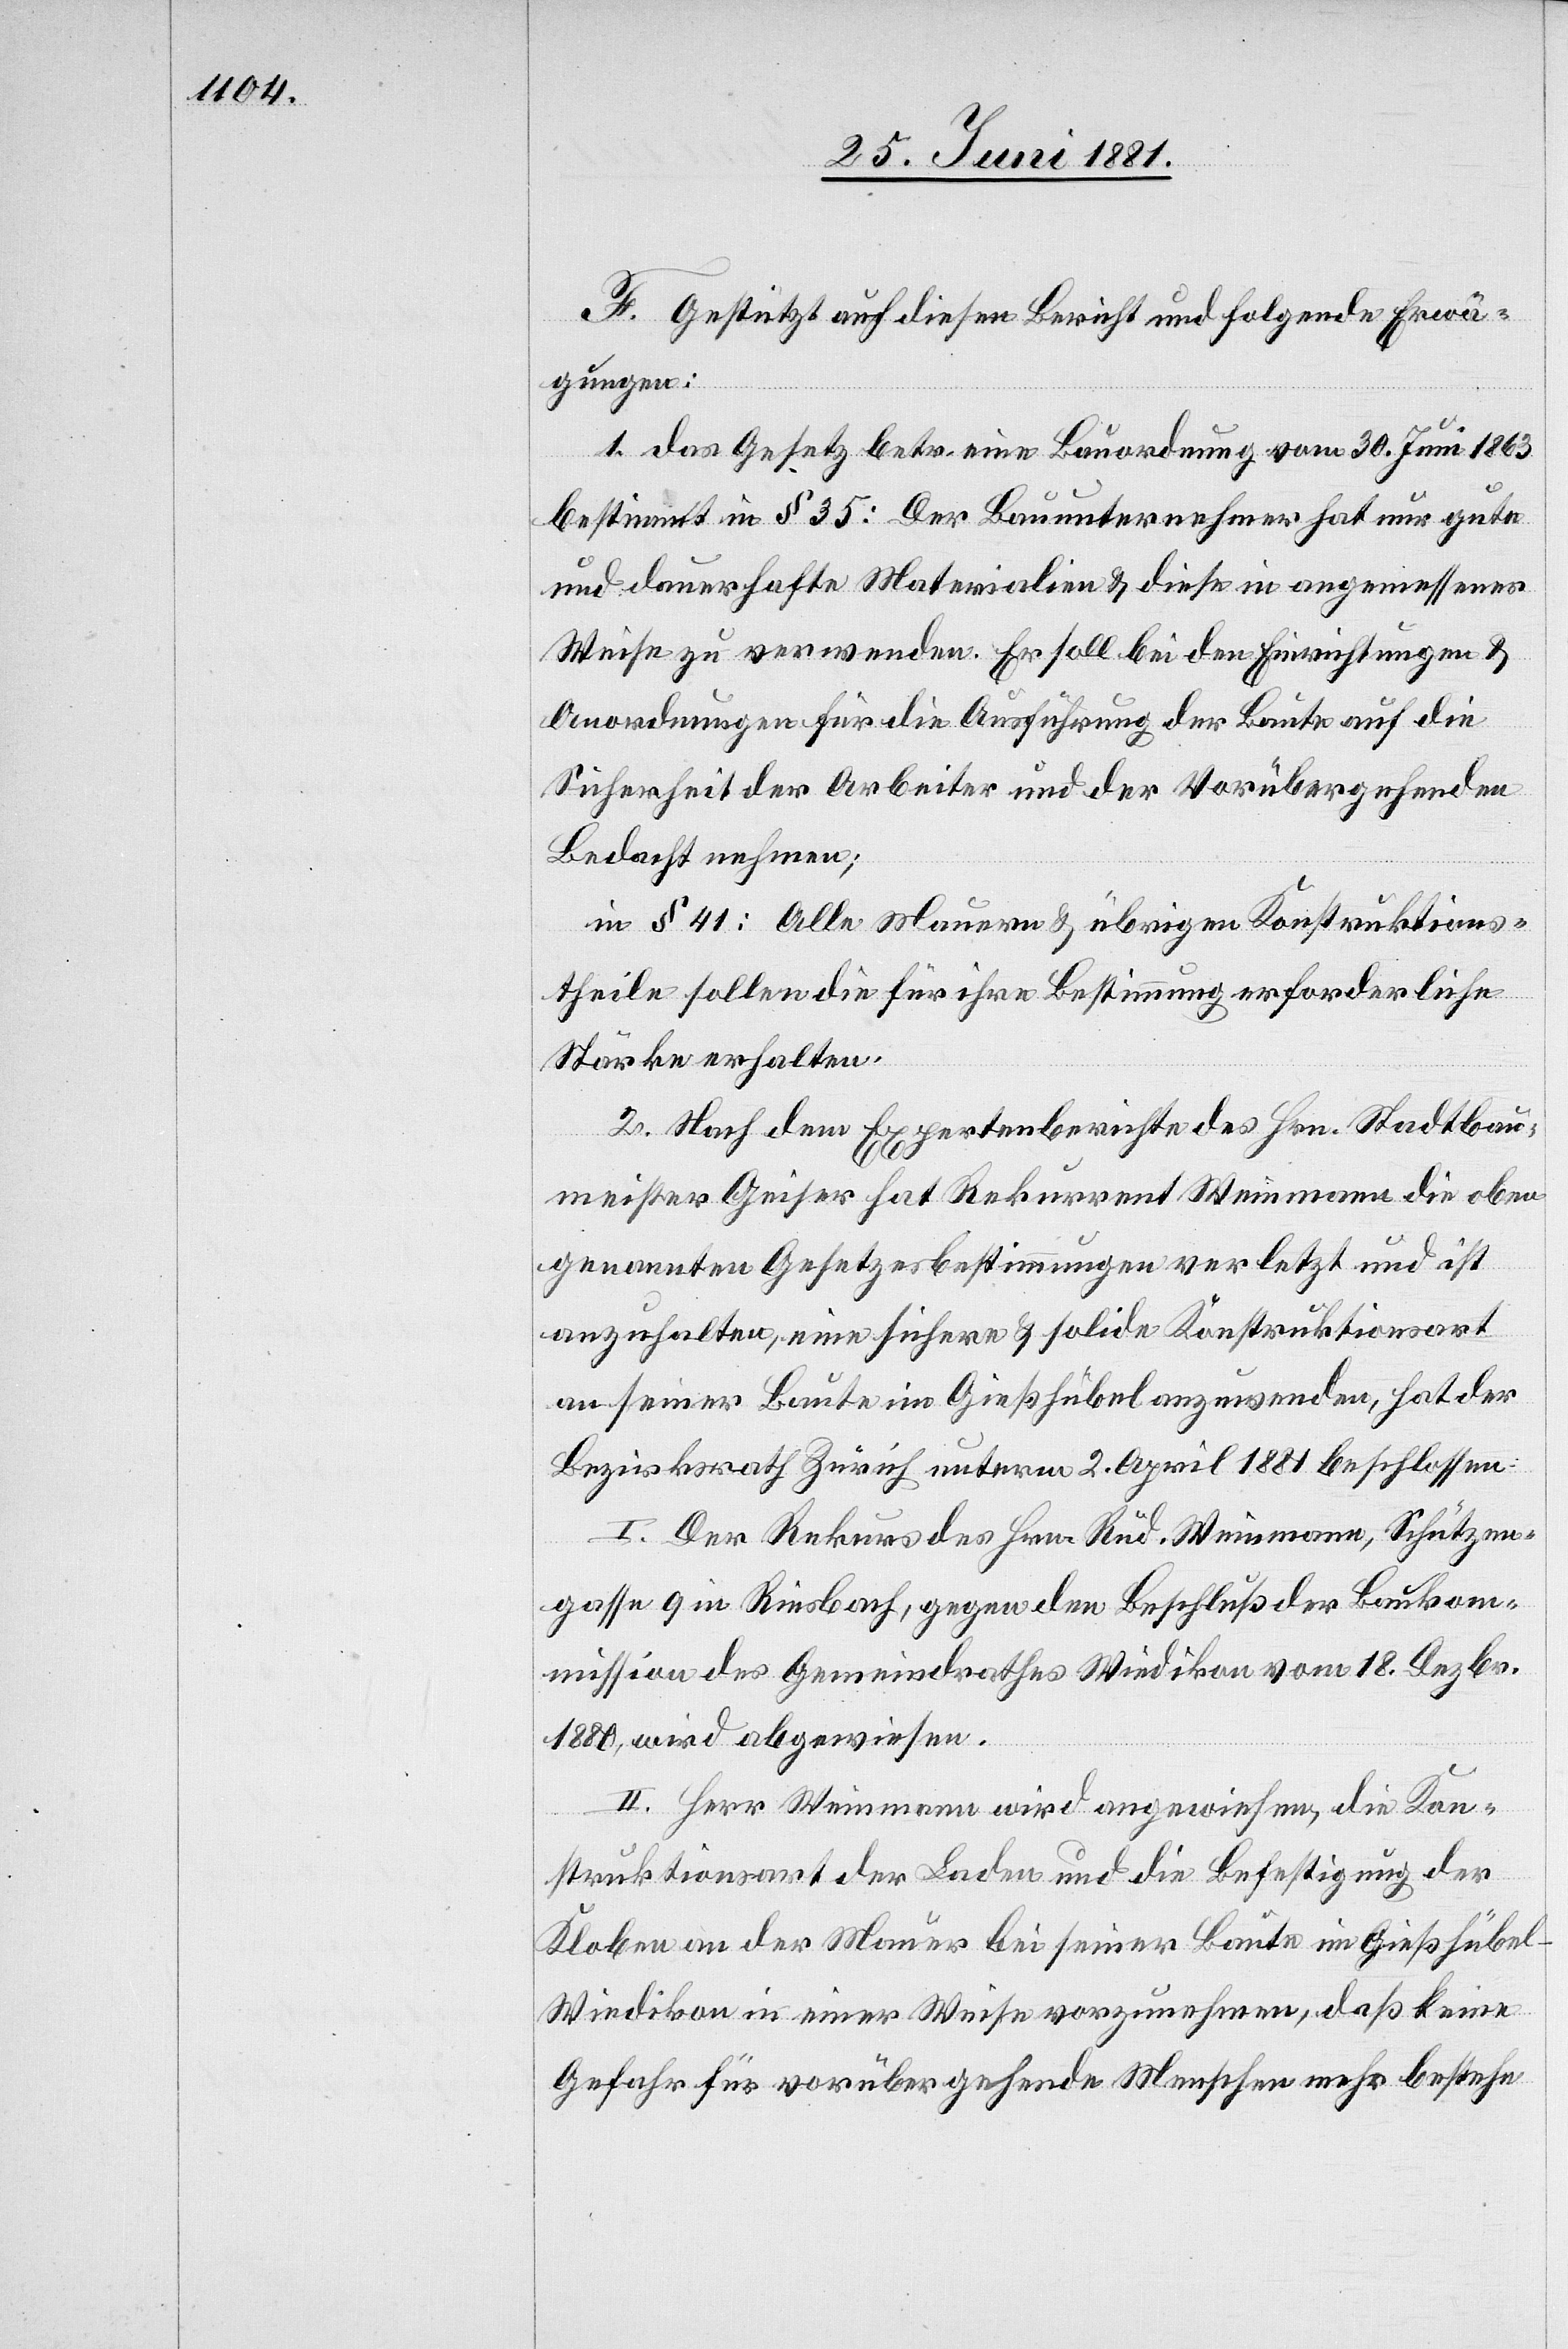
F. Gestützt auf diesen Bericht und folgende Erwä¬
gungen:
1. das Gesetz betr. eine Bauordnung vom 30. Juni 1863
bestimmt in § 35: Der Bauunternehmer hat nur gute
und dauerhafte Materialien & diese in angemessener
Weise zu verwenden. Er soll bei den Einrichtungen &
Anordnungen für die Ausführung der Baute auf die
Sicherheit der Arbeiter und der Vorübergehenden
Bedacht nehmen;
in § 41: Alle Mauern & übrigen Konstruktions¬
theile sollen die für ihre Bestimmung erforderliche
Stärke erhalten.
2. Nach dem Expertenberichte des Hrn. Stadtbau¬
meister Geiser hat Rekurrent Weinmann die oben¬
genannten Gesetzesbestimmungen verletzt und ist
anzuhalten, eine sichere & solide Konstruktionsart
an seiner Baute im Gießhübel anzuwenden, hat der
Bezirksrath Zürich unterm 2. April 1881 beschlossen:
I. Der Rekurs des Hrn. Rud. Weinmann, Schützen¬
gasse 9 in Riesbach, gegen den Beschluß der Baukom¬
mission des Gemeindrathes Wiedikon vom 18. Dezbr.
1880, wird abgewiesen.
II. Herr Weinmann wird angewiesen, die Kon¬
struktionsart der Laden und die Befestigung der
Kloben an der Mauer bei seiner Baute im Gießhübel
Wiedikon in einer Weise vorzunehmen, daß keine
Gefahr für vorübergehende Menschen mehr bestehe